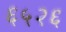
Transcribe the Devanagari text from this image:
६५२६